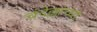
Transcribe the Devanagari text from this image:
चंदेल्लांच्या